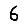
Digit: 6